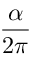
\frac { \alpha } { 2 \pi }